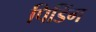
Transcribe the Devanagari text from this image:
पिडिंग